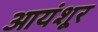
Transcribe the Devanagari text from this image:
आयंशूर